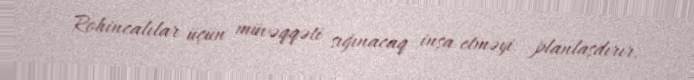
Rohincalılar üçün müvəqqəti sığınacaq inşa etməyi planlaşdırır.